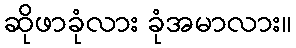
ဆိုဖာခုံလား ခုံအမာလား။